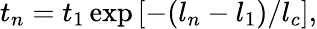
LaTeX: t_{n}=t_{1}\exp\left[-(l_{n}-l_{1})/l_{c}\right],